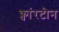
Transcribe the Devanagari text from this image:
क्वांरटीन